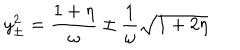
y _ { \pm } ^ { 2 } = { \frac { 1 + \eta } { \omega } } \pm { \frac { 1 } { \omega } } \sqrt { 1 + 2 \eta }